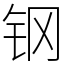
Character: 钢